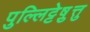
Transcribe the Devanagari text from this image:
पुल्लिट्टेष़ुत्तु